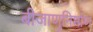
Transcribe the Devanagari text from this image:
बीजाणुनिर्माण